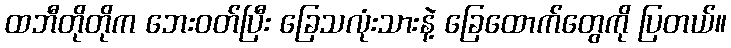
ထဘီတိုတိုက ဘေးဝတ်ပြီး ခြေသလုံးသားနဲ့ ခြေထောက်တွေကို ပြတယ်။